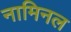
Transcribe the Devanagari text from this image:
नामिनल